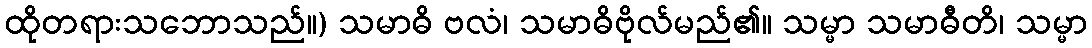
ထိုတရားသဘောသည်။) သမာဓိ ဗလံ၊ သမာဓိဗိုလ်မည်၏။ သမ္မာ သမာဓီတိ၊ သမ္မာ